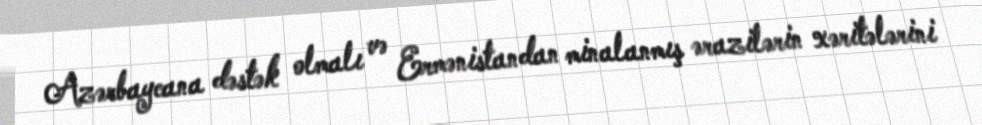
Azərbaycana dəstək olmalı və Ermənistandan minalanmış ərazilərin xəritələrini